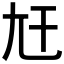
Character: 𡯋